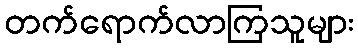
တက်ရောက်လာကြသူများ